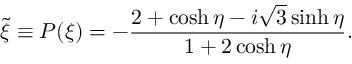
\tilde { \xi } \equiv P ( \xi ) = - \frac { 2 + \cosh \eta - i \sqrt { 3 } \sinh \eta } { 1 + 2 \cosh \eta } .